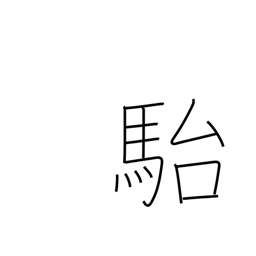
Meaning: stupid